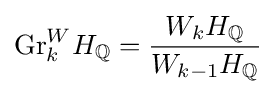
{\text{Gr}}_{k}^{W}H_{\mathbb {Q} }={\frac {W_{k}H_{\mathbb {Q} }}{W_{k-1}H_{\mathbb {Q} }}}